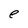
Character: e